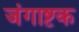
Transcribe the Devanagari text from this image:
जंगाष्टक